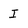
Character: I